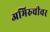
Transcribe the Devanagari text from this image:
अभिरुचीवर